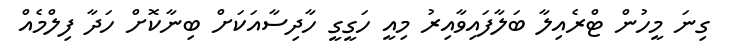
ގިނަ މީހުން ޓްރެއިލާ ބަލާފައިވާއިރު މިއީ ހަގީގީ ހާދިސާއަކަށް ބިނާކޮށް ހަދާ ފިލްމެއް